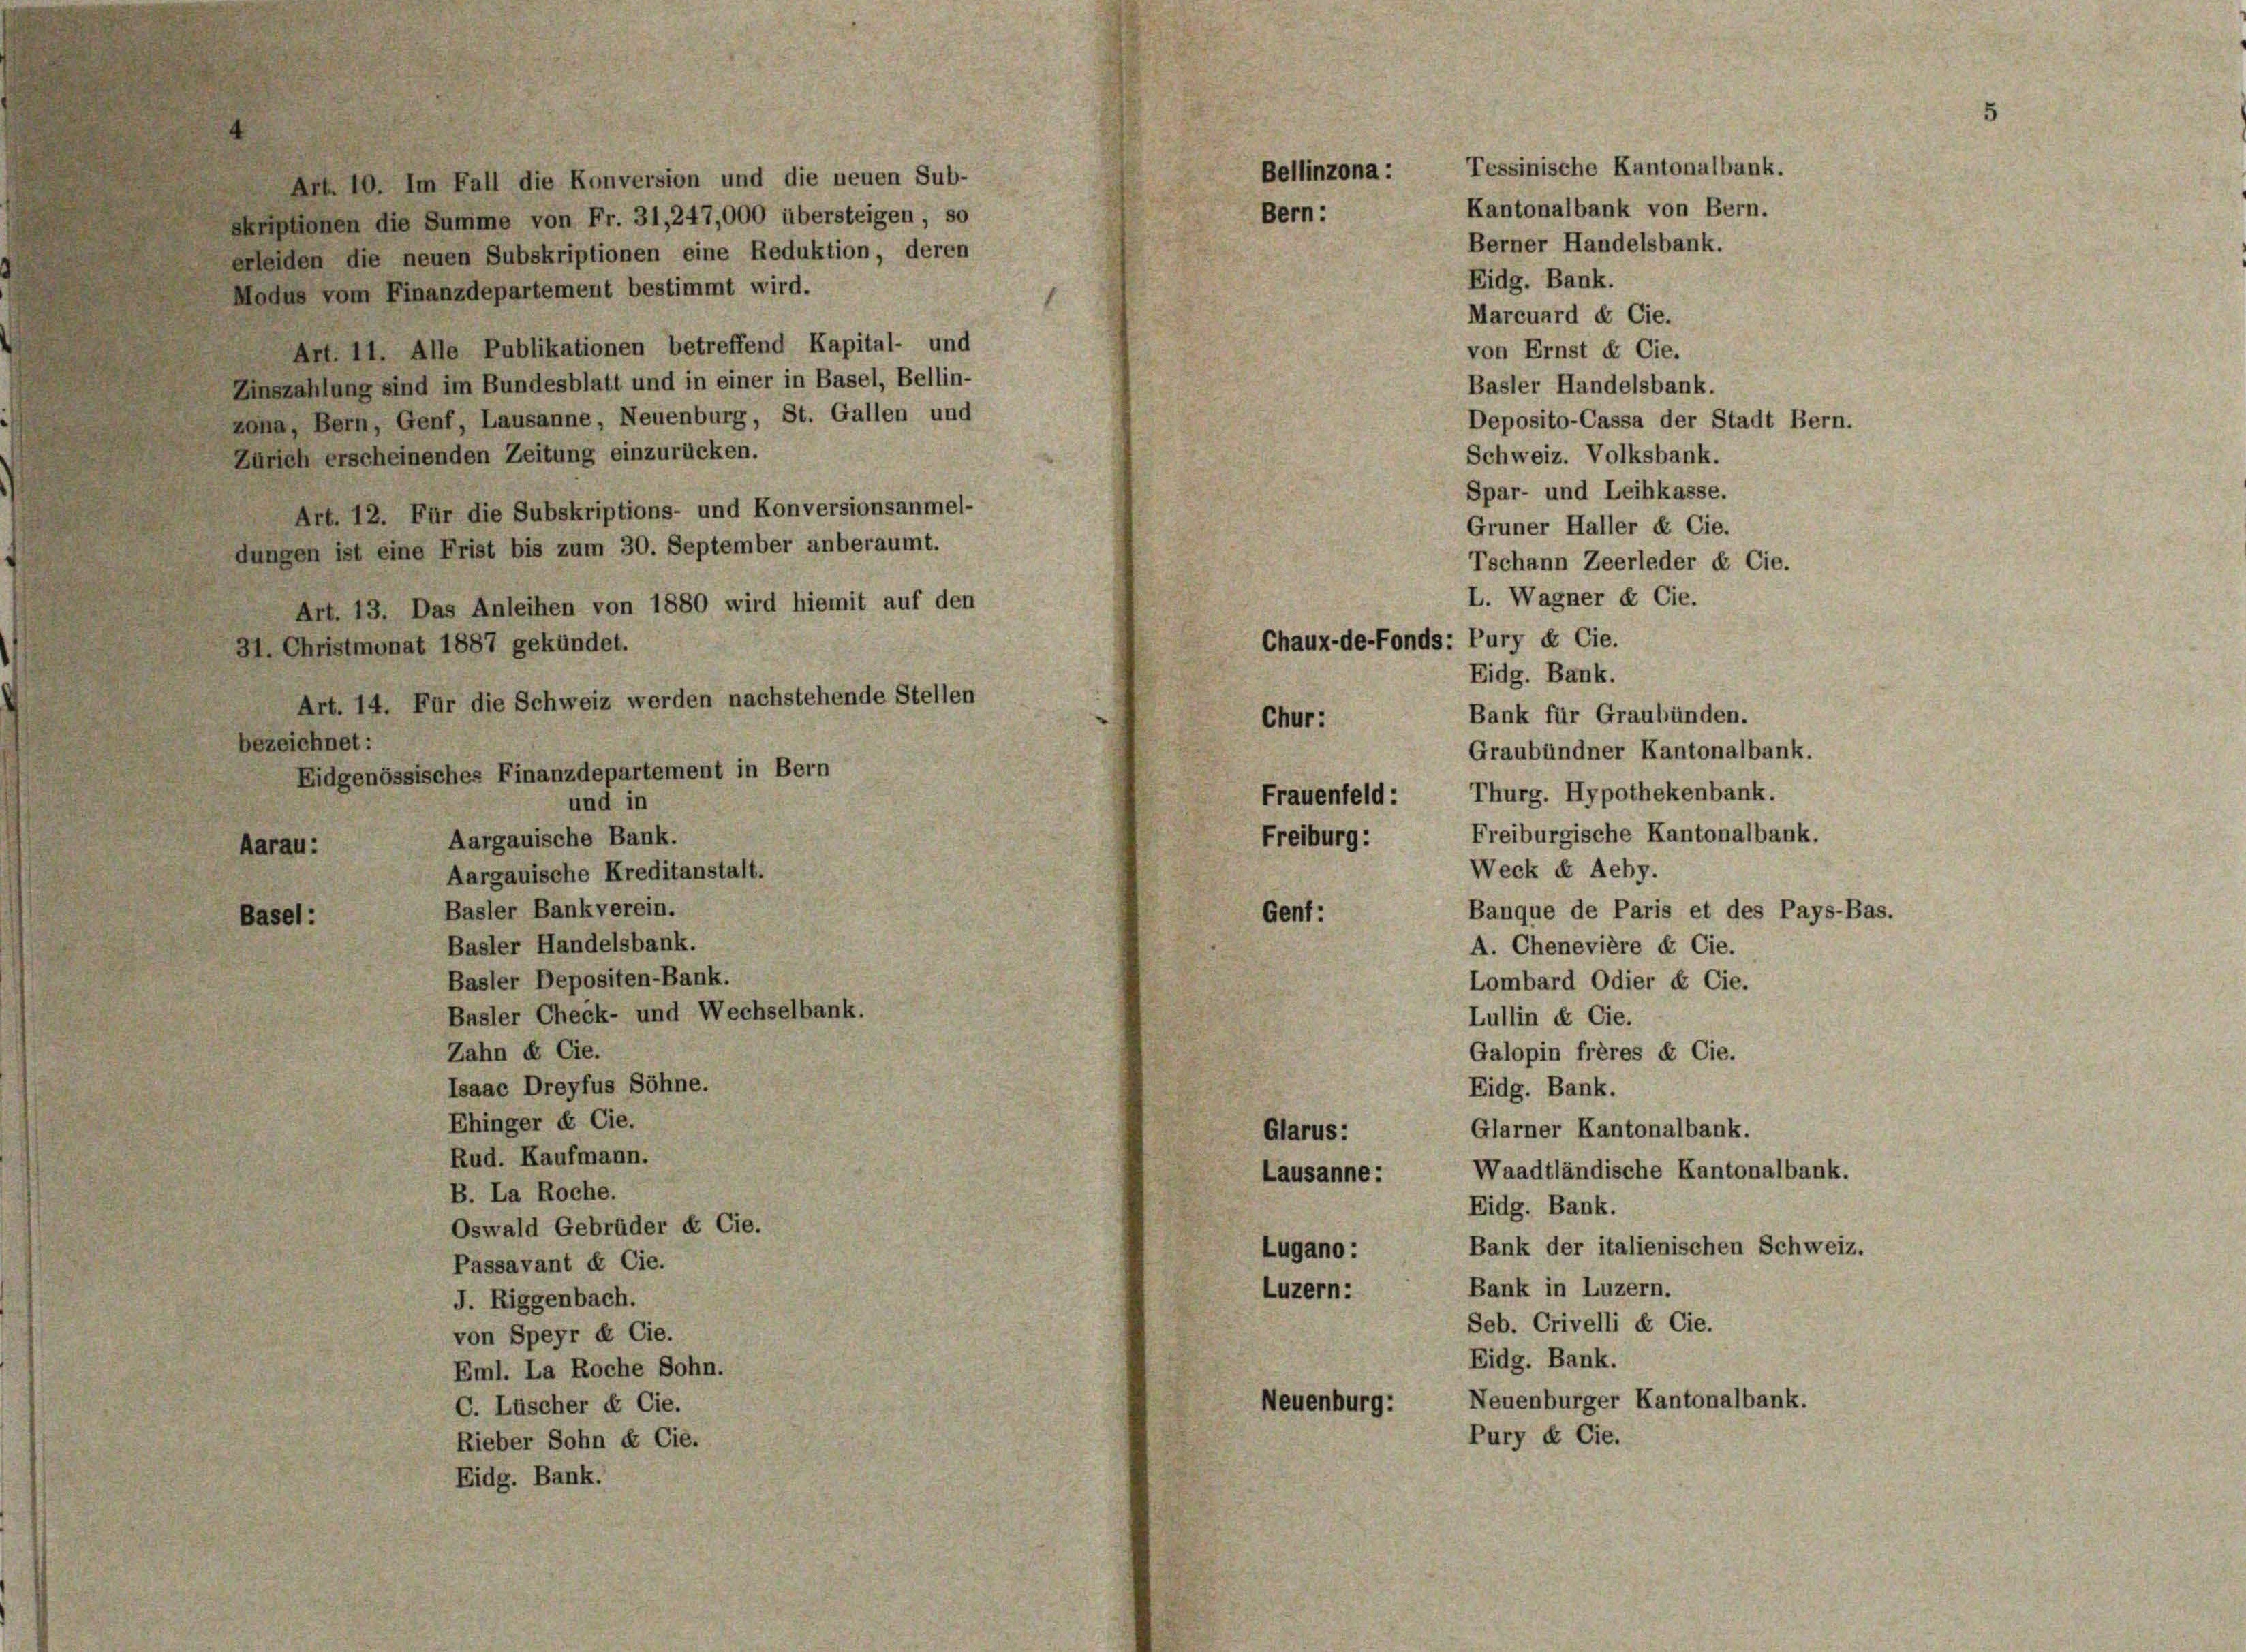
Art. 10. Im Fall die Konversion und die neuen Sub-
skriptionen die Summe von Fr. 31, 247,000 übersteigen, so
erleiden die neuen Subskriptionen eine Reduktion, deren
Modus vom Finanzdepartement bestimmt wird.
Art. 11. Alle Publikationen betreffend Kapital- und
Zinszahlung sind im Bundesblatt und in einer in Basel, Bellin-
zona, Bern, Genf, Lausanne, Neuenburg, St. Gallen und
Zürich erscheinenden Zeitung einzurücken.
Art. 12. Für die Subskriptions- und Konversionsanmel-
dungen ist eine Frist bis zum 30. September anberaumt.
Art. 13. Das Anleihen von 1880 wird hiemit auf den
31. Christmonat 1887 gekündet.
Art. 14. Für die Schweiz werden nachstehende Stellen
bezeichnet:
Eidgenössisches Finanzdepartement in Bern
und in
Aargauische Bank.
Aarau:
Aargauische Kreditanstalt.
Basler Bankverein.
Basel:
Basler Handelsbank.
Basler Depositen-Bank.
Basler Check- und Wechselbank.
Zahn & Cie.
Isaac Dreyfus Söhne.
Ehinger & Cie.
Rud. Kaufmann.
B. La Roche.
Oswald Gebrüder & Cie.
Passavant & Cie.
J. Riggenbach.
von Speyr & Cie.
Eml. La Roche Sohn.

C. Lüscher et Cie.
Rieber Sohn & Cie.
Eidg. Bank.

Bern:

Chur:

von Ernst et Cie.
Basler Handelsbank.
Deposito-Cassa der Stadt Bern.
Schweiz. Volksbank.
Spar- und Leihkasse.
Gruner Haller et Cie.
Tschann Zeerleder de Cie.
L. Wagner & Cie.
Chaux-de-Fonds: Pury et Cie.
Eidg. Bank.
Bank für Graubünden.
Graubündner Kantonalbank.
Frauenfeld: Thurg. Hypothekenbank.
Freiburgische Kantonalbank.
Freiburg:
Weck et Aeby.
Banque de Paris et des Pays-Bas.
Gent:
A. Chenevière et Cie.
Lombard Odier & Cie.
Lullin & Cie.
Galopin frères et Cie.
Eidg. Bank.
Glarner Kantonalbank.
Glarus:
Waadtländische Kantonalbank.
Lausanne:
Eidg. Bank.
Bank der italienischen Schweiz.
Lugano :
Bank in Luzern.
Luzern:
Seb. Crivelli & Cie.
Eidg. Bank.
Neuenburger Kantonalbank.
Neuenburg:
Pury & Cie.

Kantonalbank von Bern.
Berner Handelsbank.
Eidg. Bank.
Marcuard & Cie.

Bellinzona : Tessinische Kantonalbank.